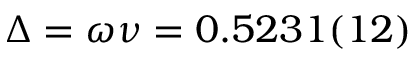
\Delta = \omega \nu = 0 . 5 2 3 1 ( 1 2 )